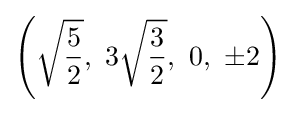
\left({\sqrt {\frac {5}{2}}},\ 3{\sqrt {\frac {3}{2}}},\ 0,\ \pm 2\right)